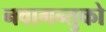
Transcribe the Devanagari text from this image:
नवागन्तुको